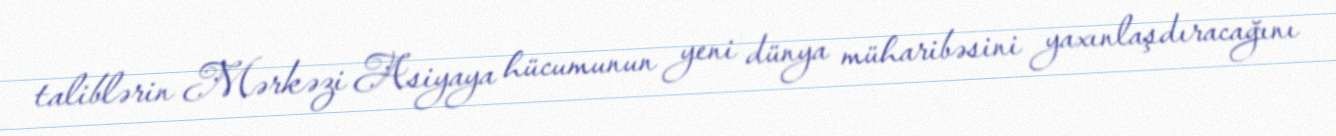
taliblərin Mərkəzi Asiyaya hücumunun yeni dünya müharibəsini yaxınlaşdıracağını